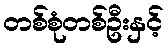
တစ်စုံတစ်ဦးနှင့်